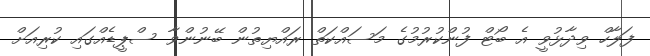
ފަލާހް ވިދާޅުވީ އެ ބޯޓް ފުންކުރުމުގެ މަސައްކަތް ރައްޔިތުން ބޭނުންވާ ސްޕީޑެއްގައި ކުރިއަށް